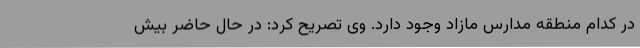
در کدام منطقه مدارس مازاد وجود دارد. وی تصریح کرد: در حال حاضر بیش